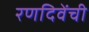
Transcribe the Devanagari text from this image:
रणदिवेंची